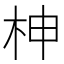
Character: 柛